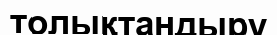
толықтандыру